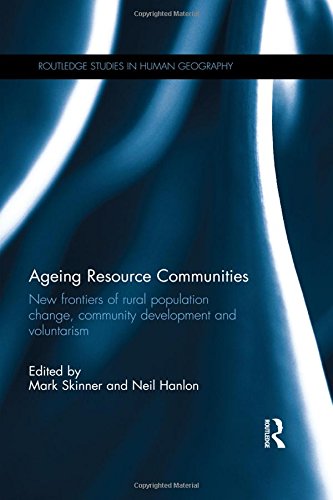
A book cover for Ageing Resource Communities: New frontiers of rural population change, community development and voluntarism (Routledge Studies in Human Geography); Medical Books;